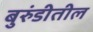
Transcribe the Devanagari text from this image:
बुरुंडीतील